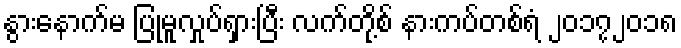
နွားနောက်မ ပြုမူလှုပ်ရှားပြီး လက်တို့စ် နားကပ်တစ်ရံ ၂၀၁၇၂၀၁၈